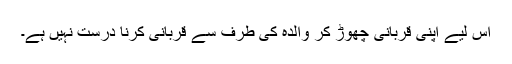
اس لیے اپنی قربانی چھوڑ کر والدہ کی طرف سے قربانی کرنا درست نہیں ہے۔